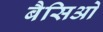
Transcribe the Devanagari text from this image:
बैसिओ